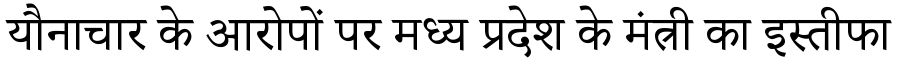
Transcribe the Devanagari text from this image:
यौनाचार के आरोपों पर मध्य प्रदेश के मंत्री का इस्तीफा